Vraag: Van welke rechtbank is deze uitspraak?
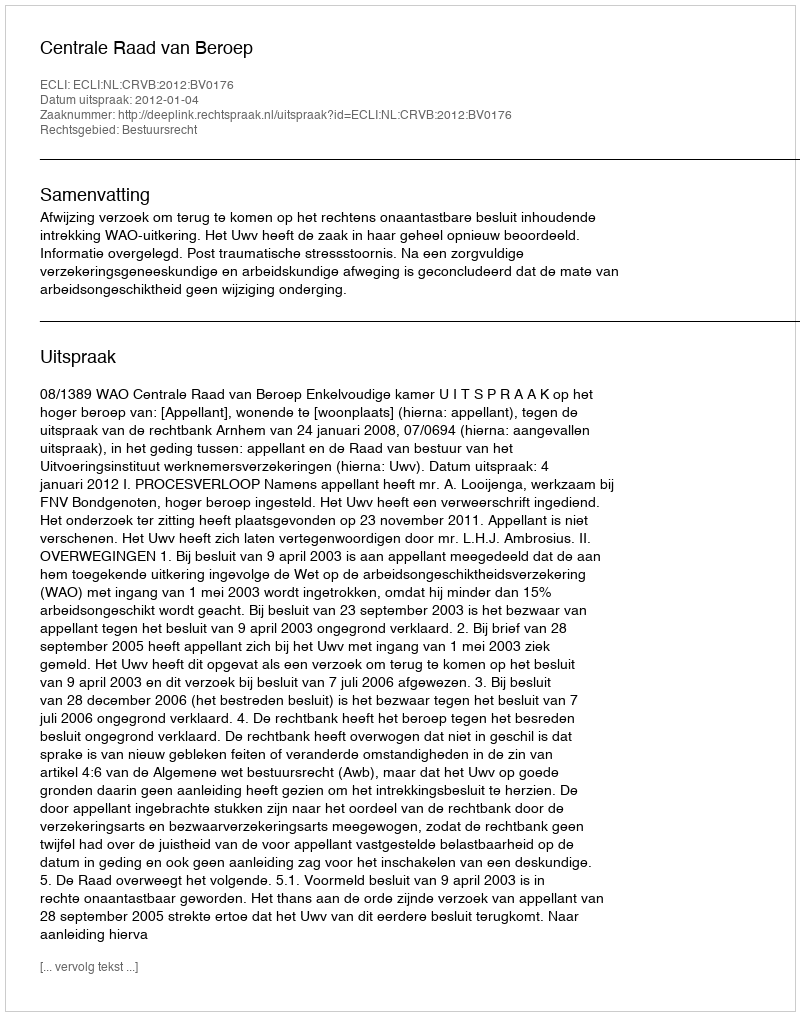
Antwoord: Centrale Raad van Beroep